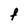
Character: f